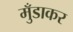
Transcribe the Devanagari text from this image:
मुँडाकर